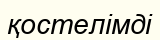
қостелімді